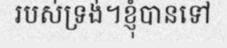
របស់ទ្រង់។ខ្ញុំបានទៅ